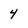
Character: 4